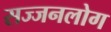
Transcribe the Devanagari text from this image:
सज्जनलोग